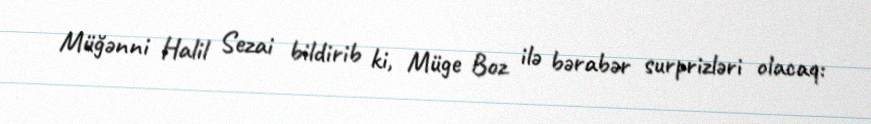
Müğənni Halil Sezai bildirib ki, Müge Boz ilə bərabər surprizləri olacaq: